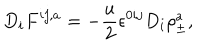
D _ { i } F ^ { i j , a } = - \frac { u } { 2 } \epsilon ^ { 0 i j } D _ { i } \rho _ { \pm } ^ { a } ,